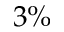
3 \%